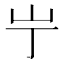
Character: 𫵲